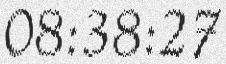
08:38:27